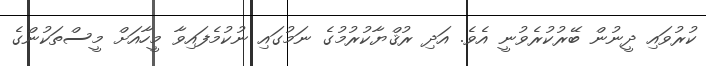
ކުރުވައި ދީނުން ބޭރުކުރެވުނީ އެވެ. އަދި ރުޤްޔާކުރުމުގެ ނަމުގައި ނުކުމެފައިވާ މީހާއަށް މީސްތަކުންގެ